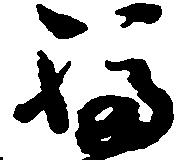
福